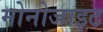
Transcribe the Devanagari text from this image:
मोनोजाइट